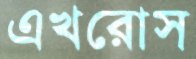
এখরোস